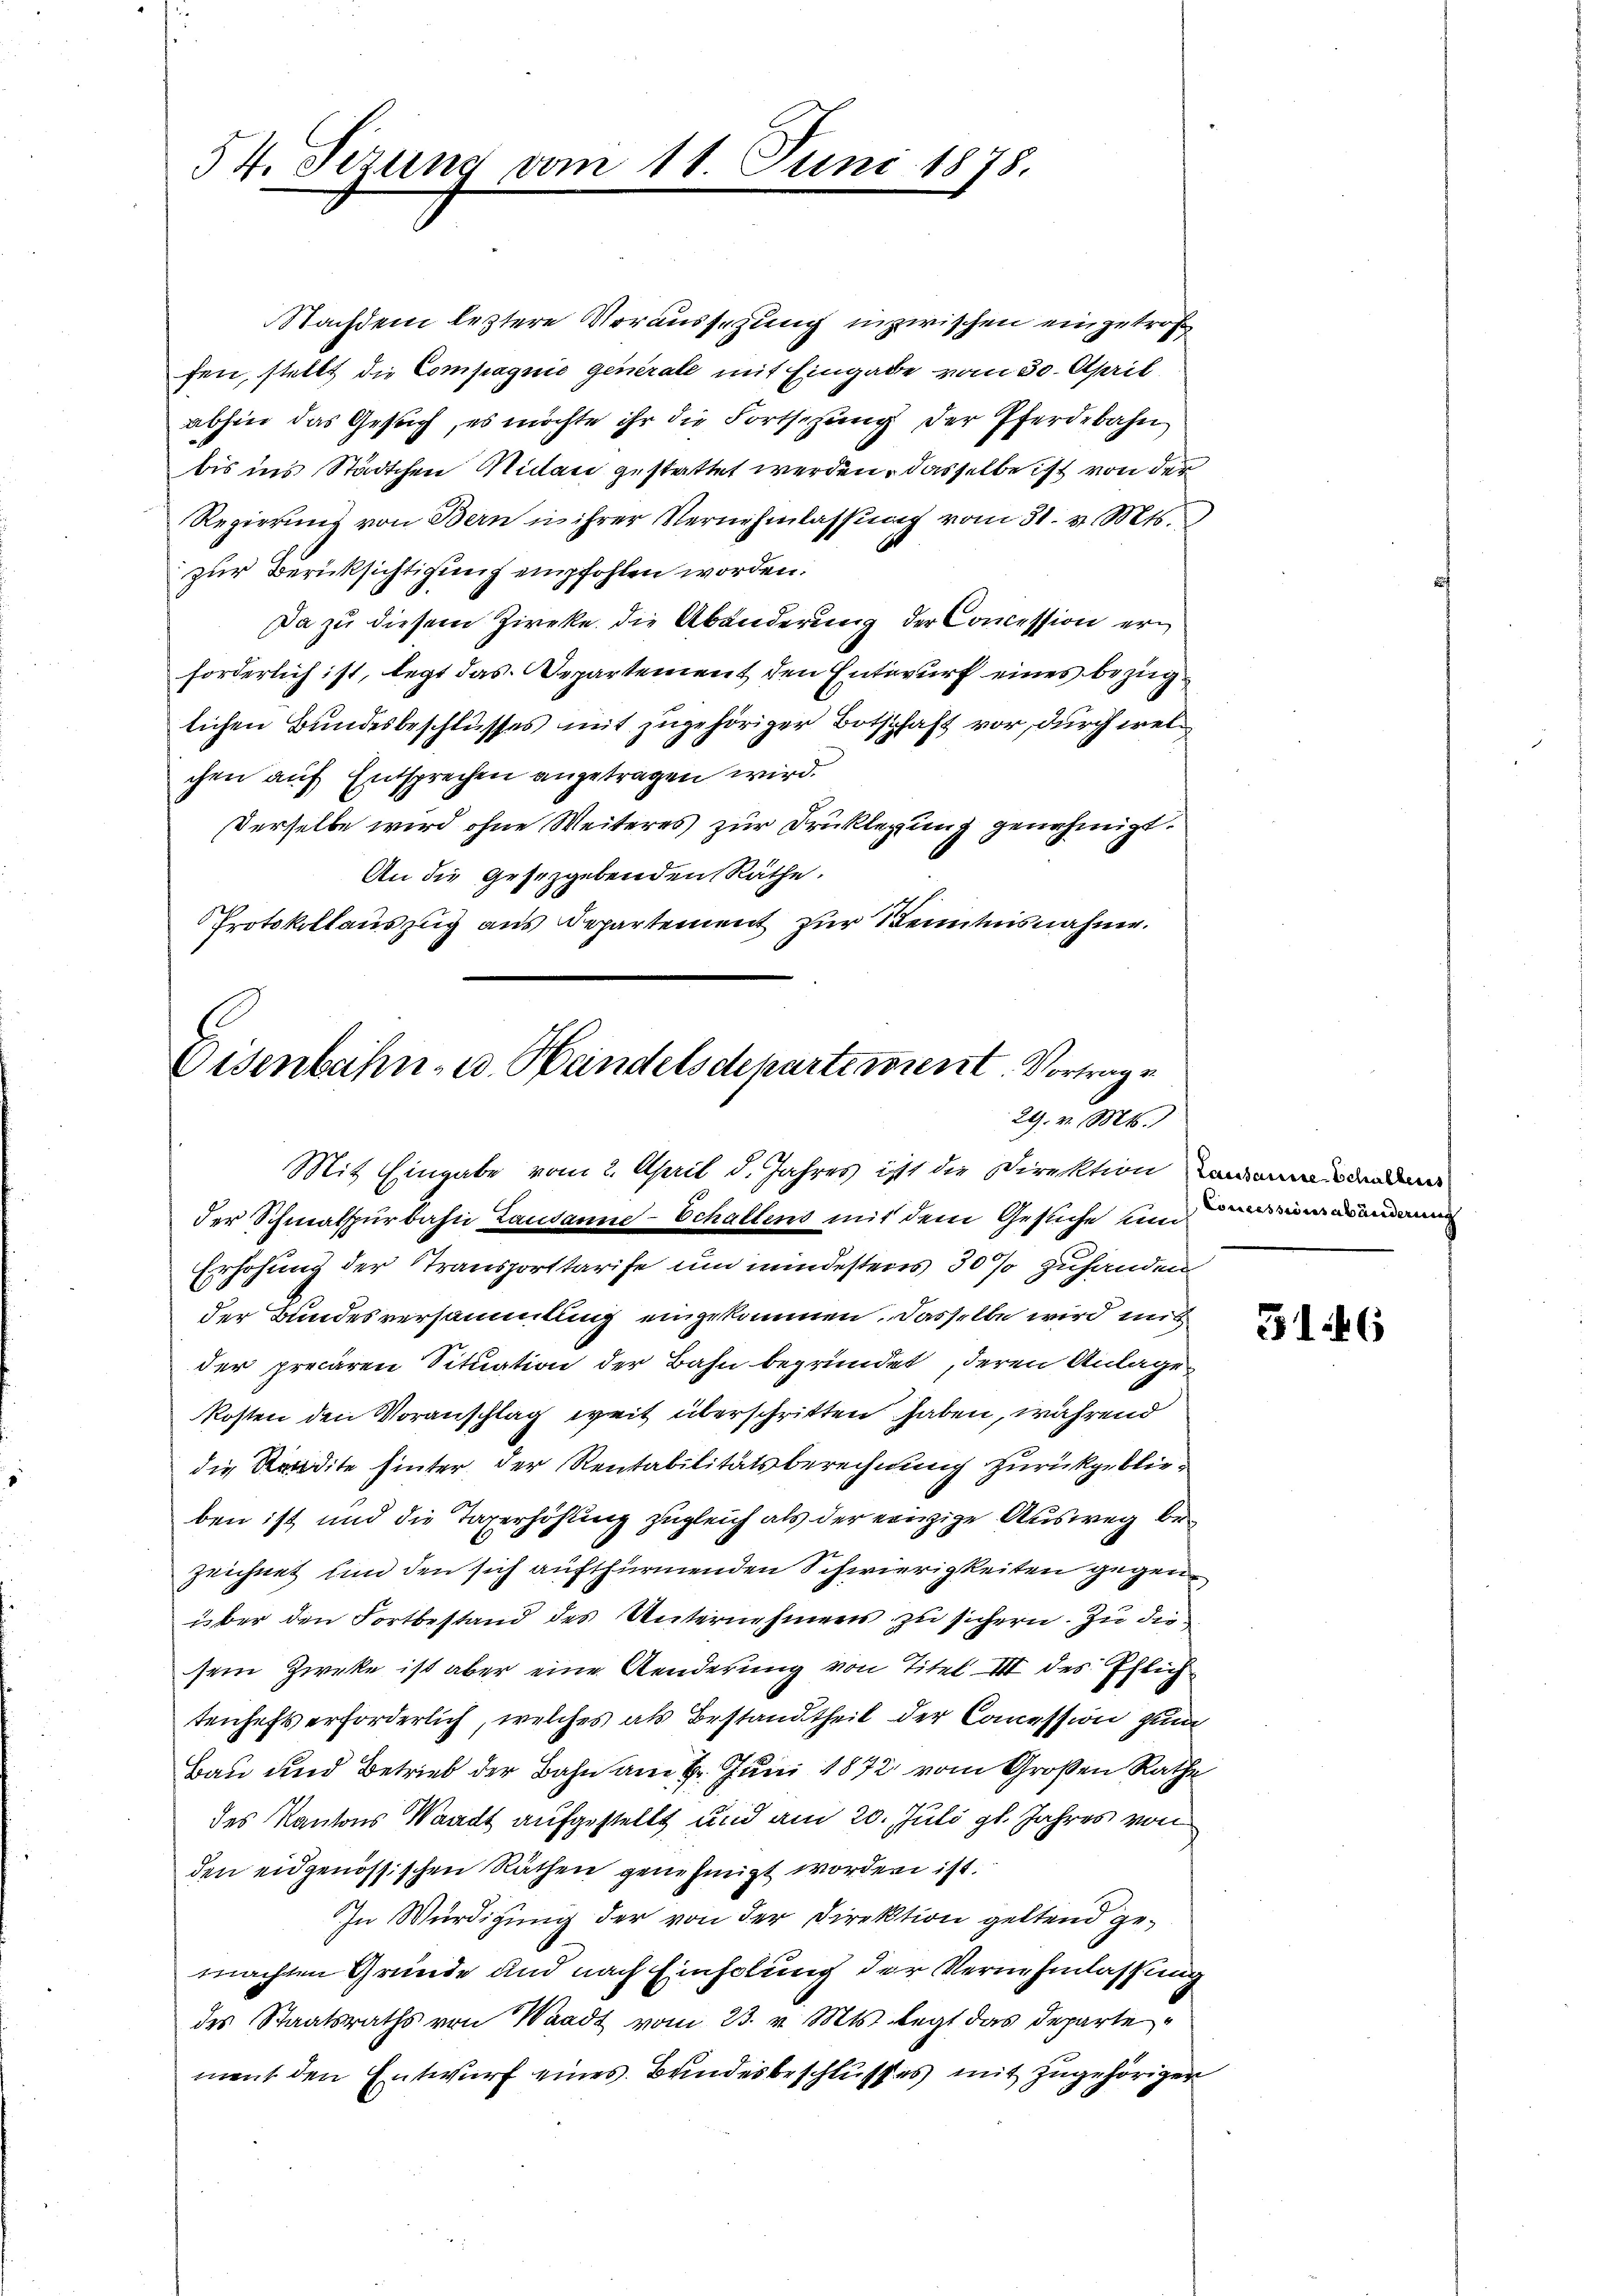
54. Sizung vom 11. Juni 1878.

Eisenbahn- u. Handelsdepartement. Vortrage
29. v. Ms.
Mit Eingabe vom 2. April d. Jahres ist die Direktion and

Nachdem letztere Voraussezung inzwischen eingetroff
fen, stellt die Compagnie generale mit Eingabe vom 30. April
abhin das Gesuch, es möchte ihr die Fortsezung der Pferdebahn
bis ins Städtchen Nidau gestattet werden, dasselbe ist von der
Regierung von Bern in ihrer Vernehmlassung vom 31. v. Mts.
zur Berücksichtigung empfohlen worden.
Da zu diesem Zirke die Abänderung der Concession erforderlich ist, legt das Departement den Entwurf eines bezüglichen Bundesbeschlusses mit zugehöriger Botschaft vor, durch welchen auf Entsprechen angetragen wird.
Derselbe wird ohne Weiteres zur Früklegung genehmigt.
An die Gesetzgebenden Räthe.
Protokollauszug aus Departement zur Kenntnisnahme.

der Schmalspurbahn Lausanne-Schaltens mit dem Gesuche und einen Bindung
Erhöhung der Transporttarife um mindestens 30% zuhanden
der Bundesversammlung eingekommen. Dasselbe wird mit
der precaren Situation der Bahn begründet, deren Anlage
kosten den Voranschlag weit überschritten haben, während
die Kandite hinter der Rentabilitätsberechnung zurückgeblieben ist und die Taxerhöhung zugleich als der einige Ausweg bezeichnet und den sich aufthürmenden Schwierigkeiten gegen
über den Fortbestand des Unternehmens zu sichern. Zu die
sein Zweke ist aber eine Aenderung von Titel III des Pflich
tenheft erforderlich, welches als Bestandtheil der Concession zum
Bau und Betrieb der Bahn am 2. Juni 1872 vom Großen Rathe
des Kantons Waadt aufgestellt und am 20. Juli gl. Jahres von
den eidgenössischen Räthen genehmigt worden ist.
In Würdigung der von der Direktion geltend gemachten Gründe und nach Einholung der Vernehmlassung
des Staatsraths von Waadt vom 23. v. Mts. legt das Departe
ment den Entwurf eines Bundesbeschlusses mit zugehörigen

5146